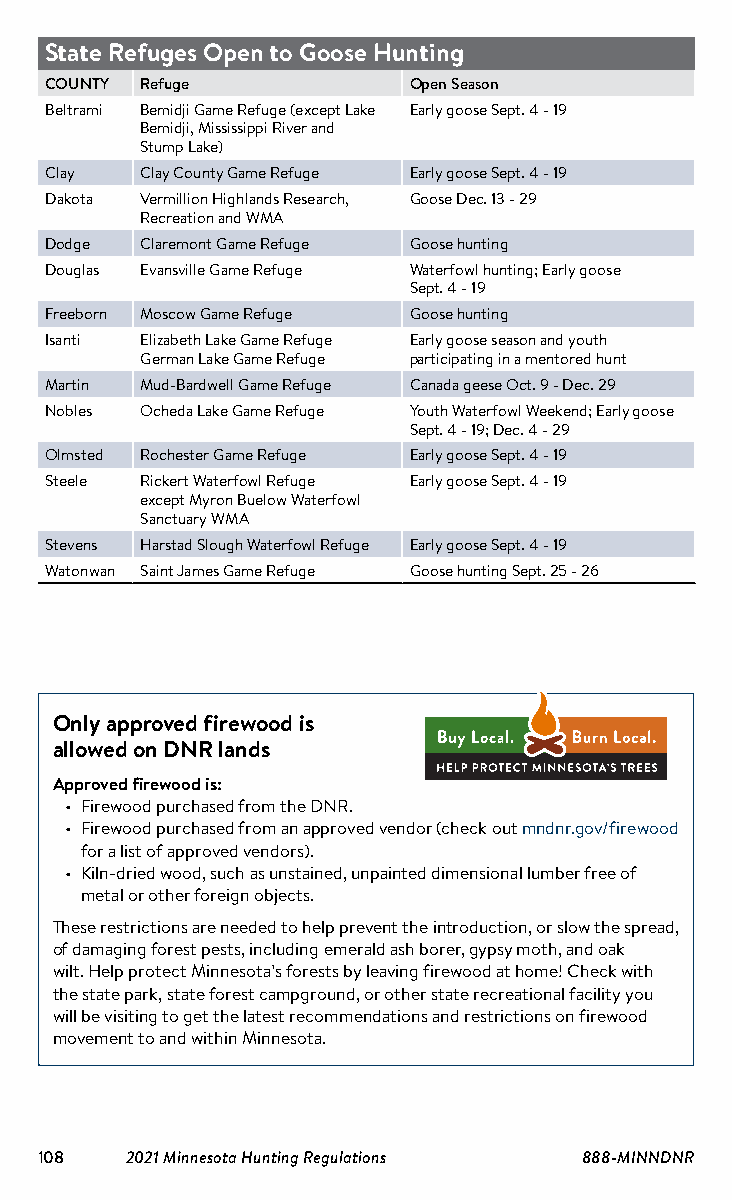
State Refuges Open to Goose Hunting
 COUNTY Refuge           Open Season
 Beltrami Bemidji Game Refuge (except Lake Early goose Sept. 4 - 19
 Bemidji, Mississippi River and
 Stump Lake)
 Clay  Clay County Game Refuge Early goose Sept. 4 - 19
 Dakota Vermillion Highlands Research, Goose Dec. 13 - 29
 Recreation and WMA
 Dodge Claremont Game Refuge Goose hunting
 Douglas Evansville Game Refuge Waterfowl hunting; Early goose
 Sept. 4 - 19
 Freeborn Moscow Game Refuge Goose hunting
 Isanti Elizabeth Lake Game Refuge Early goose season and youth
 German Lake Game Refuge participating in a mentored hunt
 Martin Mud-Bardwell Game Refuge Canada geese Oct. 9 - Dec. 29
 Nobles Ocheda Lake Game Refuge Youth Waterfowl Weekend; Early goose
 Sept. 4 - 19; Dec. 4 - 29
 Olmsted Rochester Game Refuge Early goose Sept. 4 - 19
 Steele Rickert Waterfowl Refuge Early goose Sept. 4 - 19
 except Myron Buelow Waterfowl
 Sanctuary WMA
 Stevens Harstad Slough Waterfowl Refuge Early goose Sept. 4 - 19
 Watonwan Saint James Game Refuge Goose hunting Sept. 25 - 26
 Buy Local. Burn Local.
 HELP PROTECT MINNESOTA’S TREES
 Only approved firewood is
 allowed on DNR lands
 Approved firewood is:
 • Firewood purchased from the DNR.
 • Firewood purchased from an approved vendor (check out mndnr.gov/firewood
 for a list of approved vendors).
 • Kiln-dried wood, such as unstained, unpainted dimensional lumber free of
 metal or other foreign objects.
 These restrictions are needed to help prevent the introduction, or slow the spread,
 of damaging forest pests, including emerald ash borer, gypsy moth, and oak
 wilt. Help protect Minnesota’s forests by leaving firewood at home! Check with
 the state park, state forest campground, or other state recreational facility you
 will be visiting to get the latest recommendations and restrictions on firewood
 movement to and within Minnesota.
 108   2021 Minnesota Hunting Regulations 888-MINNDNR